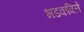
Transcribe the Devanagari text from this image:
भडकविले